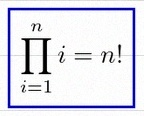
\prod_{i=1}^{n}i=n!